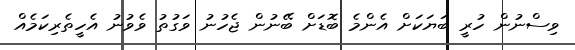
ވިސްނުން ހުރީ ބަޔަކަށް އެންމެ ބޮޑަށް ބޭނުން ޖެހުނު ވަގުތު ވެވުނު އެހީތެރިކަމެއް